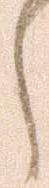
し